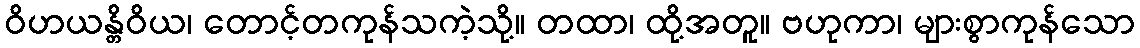
ဝိဟယန္တိဝိယ၊ တောင့်တကုန်သကဲ့သို့။ တထာ၊ ထို့အတူ။ ဗဟုကာ၊ များစွာကုန်သော